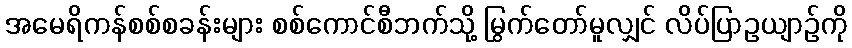
အမေရိကန်စစ်စခန်းများ စစ်ကောင်စီဘက်သို့ မြွက်တော်မူလျှင် လိပ်ပြာဥယျာဉ်ကို